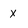
Character: x